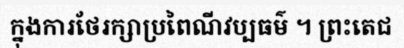
ក្នុងការថែរក្សាប្រពៃណីវប្បធម៌ ។ ព្រះតេជ